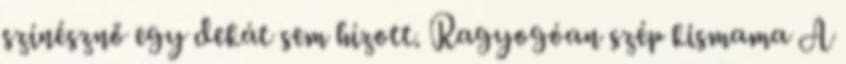
színésznő egy dekát sem hízott. Ragyogóan szép kismama A